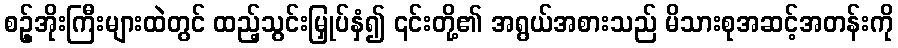
စဥ့်အိုးကြီးများထဲတွင် ထည့်သွင်းမြှုပ်နှံ၍ ၎င်းတို့၏ အရွယ်အစားသည် မိသားစုအဆင့်အတန်းကို